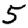
Digit: 5